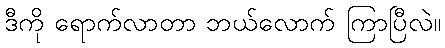
ဒီကို ရောက်လာတာ ဘယ်လောက် ကြာပြီလဲ။